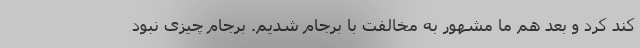
کند کرد و بعد هم ما مشهور به مخالفت با برجام شدیم. برجام چیزی نبود